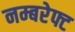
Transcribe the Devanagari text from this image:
नम्बरेफ्ट